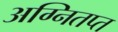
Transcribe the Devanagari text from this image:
अग्नितप्त